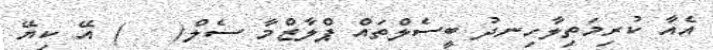
އެއާ ކުރިމަތިލާހިނދު ބީސެލްތައް ޕްލާޒްމާ ސެލް(   ) އޭ ކިޔޭ